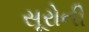
સૂરોની